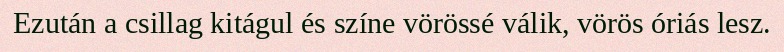
Ezután a csillag kitágul és színe vörössé válik, vörös óriás lesz.